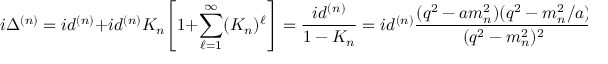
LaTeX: i \Delta ^ { ( n ) } = i d ^ { ( n ) } + i d ^ { ( n ) } K _ { n } \Bigg [ 1 + \sum _ { \ell = 1 } ^ { \infty } ( K _ { n } ) ^ { \ell } \Bigg ] = \frac { i d ^ { ( n ) } } { 1 - K _ { n } } = i d ^ { ( n ) } \frac { ( q ^ { 2 } - a m _ { n } ^ { 2 } ) ( q ^ { 2 } - m _ { n } ^ { 2 } / a ) } { ( q ^ { 2 } - m _ { n } ^ { 2 } ) ^ { 2 } } ~ .